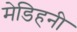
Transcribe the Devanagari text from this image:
मेडिहनी